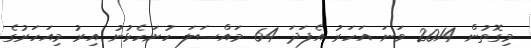
މިގޮތުން 2014 ވަނަ އަހަރު އެފަދަ 64 މައްސަލަ ހުށަހެޅުނު އިރު މިއަހަރުގެ